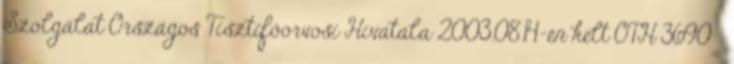
Szolgálat Országos Tisztifőorvosi Hivatala 2003.08.14-én kelt OTH 3690